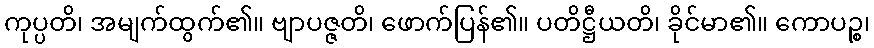
ကုပ္ပတိ၊ အမျက်ထွက်၏။ ဗျာပဇ္ဇတိ၊ ဖောက်ပြန်၏။ ပတိဋ္ဌီယတိ၊ ခိုင်မာ၏။ ကောပဉ္စ၊